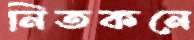
নিতকনে